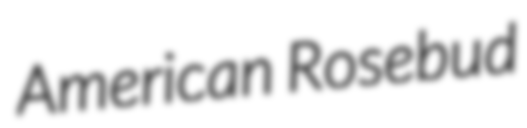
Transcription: American Rosebud